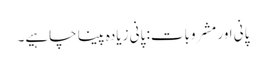
پانی اور مشروبات: پانی زیادہ پینا چاہیے۔